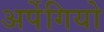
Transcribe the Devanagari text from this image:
अर्पेगियो